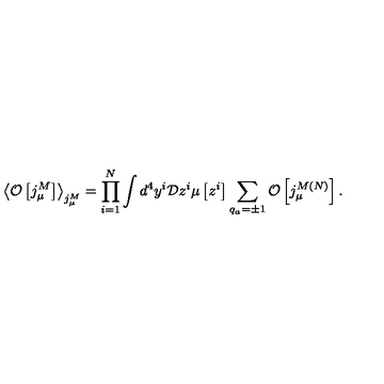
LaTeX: \left< { \cal O } \left[ j _ { \mu } ^ { M } \right] \right> _ { j _ { \mu } ^ { M } } = \prod _ { i = 1 } ^ { N } \int d ^ { 4 } y ^ { i } { \cal D } z ^ { i } \mu \left[ z ^ { i } \right] \sum _ { q _ { a } = \pm 1 } ^ { } { \cal O } \left[ j _ { \mu } ^ { M { } ( N ) } \right] .